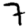
Digit: 7